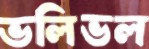
ভলিভল